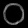
Digit: ၀